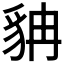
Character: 𲂤